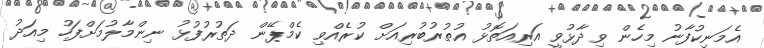
އެމަނިކުފާނު މިހެން ވިދާޅުވީ އަރިއަތޮޅު އުތުރުބުރިއަށް ކުރެއްވި ކެމްޕޭން ދަތުރުފުޅު ނިންމާލުމަށްފަހު މިއަދު